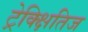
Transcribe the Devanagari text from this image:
ट्रेक्क्षितिज